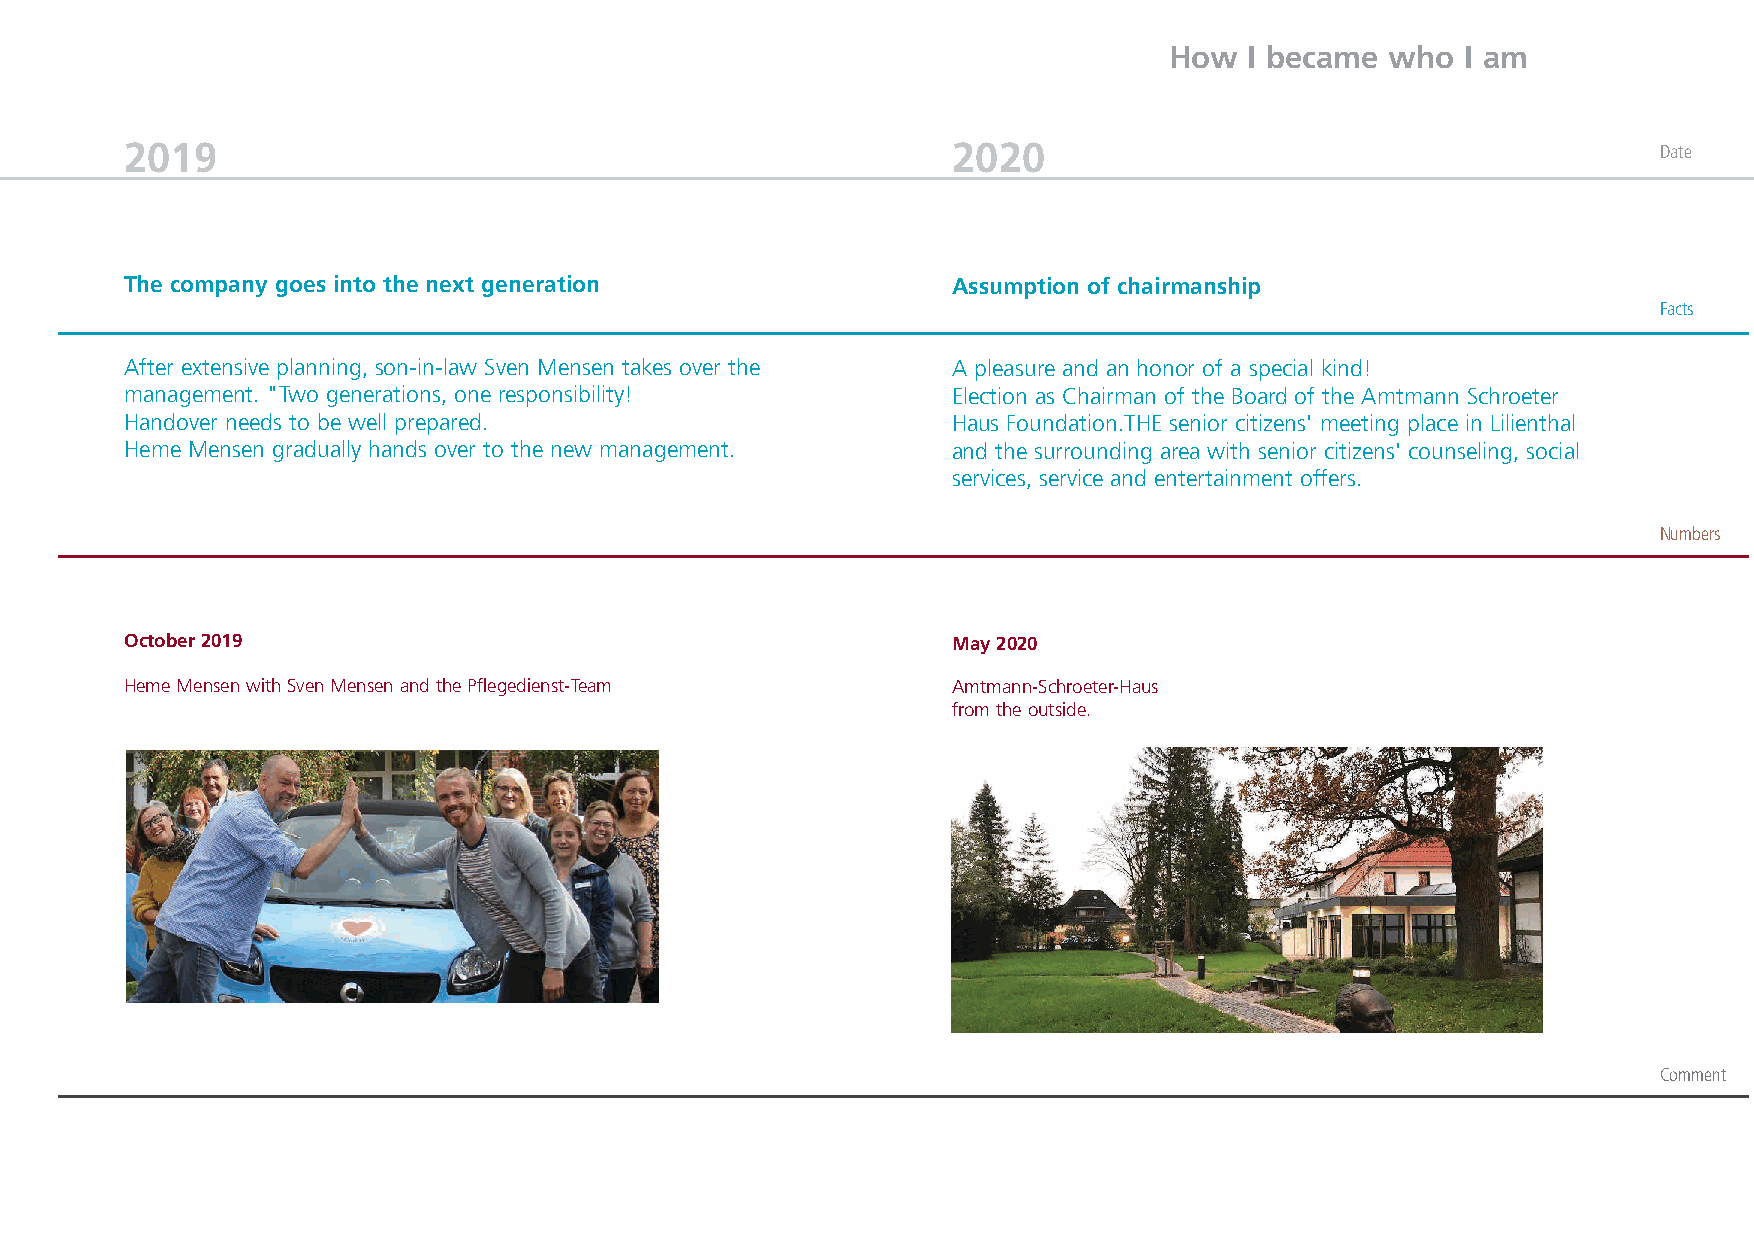
How   I became who  I am
 2019                                                   2020                                           Date
 The company goes into the next generation              Assumption of chairmanship
 Facts
 After extensive planning, son-in-law Sven Mensen takes over the A pleasure and an honor of a special kind!
 management. "Two generations, one responsibility!      Election as Chairman of the Board of the Amtmann Schroeter
 Handover needs to be well prepared.                    Haus Foundation.THE senior citizens' meeting place in Lilienthal
 Heme Mensen gradually hands over to the new management. and the surrounding area with senior citizens' counseling, social
 services, service and entertainment offers.
 Numbers
 October 2019                                           May 2020
 Heme Mensen with Sven Mensen and the Pflegedienst-Team Amtmann-Schroeter-Haus
 from the outside.
 Comment